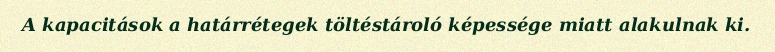
A kapacitások a határrétegek töltéstároló képessége miatt alakulnak ki.